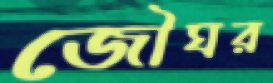
জৌঘর